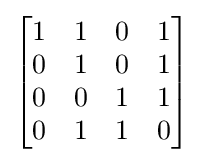
{\begin{bmatrix}1&1&0&1\\0&1&0&1\\0&0&1&1\\0&1&1&0\end{bmatrix}}